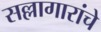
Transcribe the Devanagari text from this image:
सल्लागारांचे